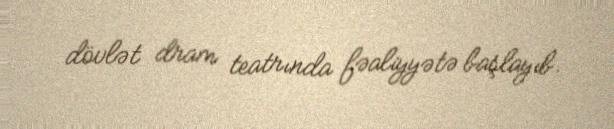
dövlət dram teatrında fəaliyyətə başlayıb.